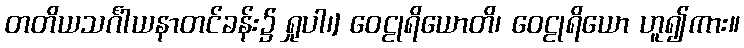
တတိယသင်္ဂါယနာတင်ခန်း၌ ရှုပါ၊] ဝေဠုရိယောတိ၊ ဝေဠုရိယော ဟူ၍ကား။